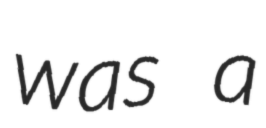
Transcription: was a